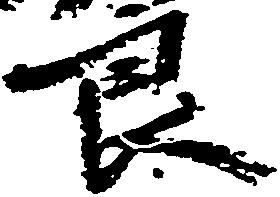
良